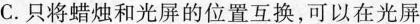
C. 只将蜡烛和光屏的位置互换，可以在光屏